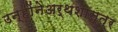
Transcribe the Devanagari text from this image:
उन्होंनेअर्थशास्त्र